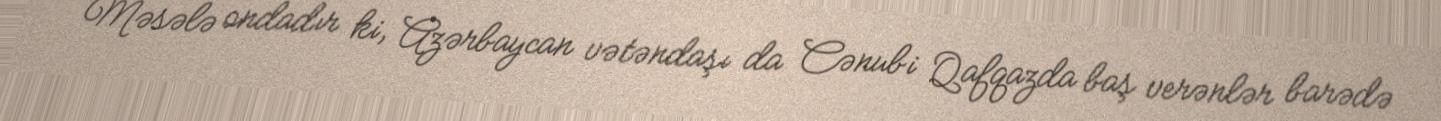
Məsələ ondadır ki, Azərbaycan vətəndaşı da Cənubi Qafqazda baş verənlər barədə